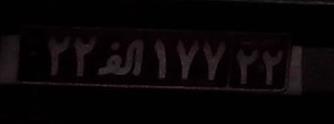
۲۲ا۱۷۷۲۲